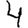
Digit: 4